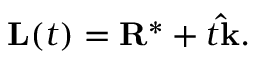
\mathbf { L } ( t ) = \mathbf { R } ^ { * } + t \mathbf { \hat { k } } .